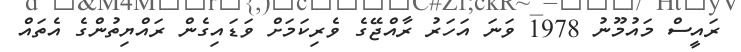
ރައީސް މައުމޫނު 1978 ވަނަ އަހަރު ރާއްޖޭގެ ވެރިކަމަށް ވަޑައިގެން ރައްޔިތުންގެ އެތައް